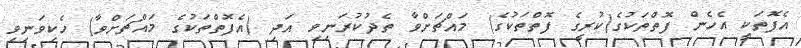
އެފޮތަކީ އެހެން ފޮތްތަކުގެ(ކުރީގެ ފޮތްތަކުގެ) މައްޗަށްވާ ތެދުކުރަނިވި އަދި (އެފޮތްތަކުގެ މައްޗަށްވާ) ހެކިވަނިވި